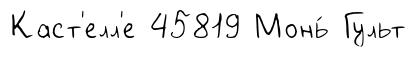
Каст'елл'е 45819 Монь́ Гульт